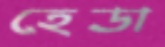
হেডা